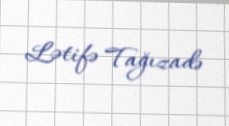
Lətifə Tağızadə